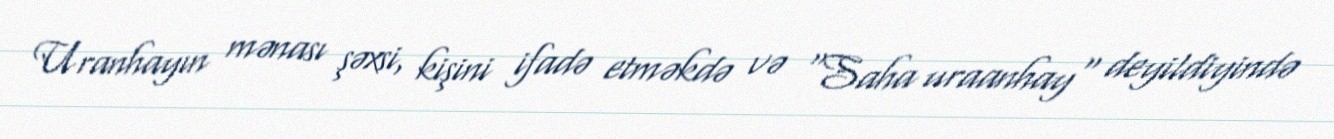
Uranhayın mənası şəxsi, kişini ifadə etməkdə və "Saha uraanhay" deyildiyində